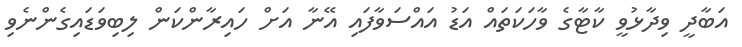
އަބާދީ ވިދާޅުވީ ކާޓާގެ ވާހަކަތައް އަޑު އައްސަވާފައި އޭނާ އަށް ހައިރާންކަން ލިބިވަޑައިގެންނެވި